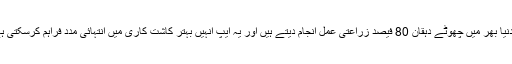
آئی بی ایم کے ایک ماہر میتھایس اسٹائنر نے کہا ہے کہ دنیا بھر میں چھوٹے دہقان 80 فیصد زراعتی عمل انجام دیتے ہیں اور یہ ایپ انہیں بہتر کاشت کاری میں انتہائی مدد فراہم کرسکتی ہے جس سے غذائی کفالت پر اچھے اثرات مرتب ہوں گے۔